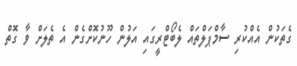
ގެތަކުން އެއްކުރި ސާމްޕަލްތައް ލެބޯޓްރީގައި އަލުން ހޫނުކޮށްގެން އެ ތެލަށް ވާ ގޮތް